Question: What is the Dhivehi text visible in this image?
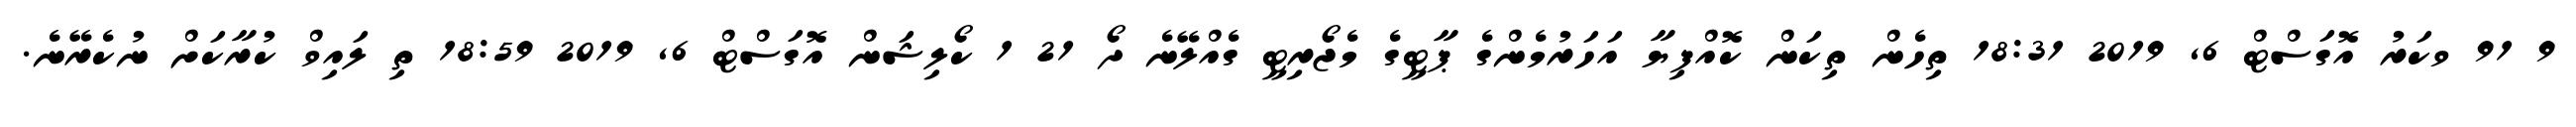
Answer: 9 91 ވކަރު އޮގަސްޓް 6, 2019 18:31 ތިހެން ތިކަން ކޮއްފިޔާ އަހަރުމެންގެ ޕާޓީގެ މެޖޯރިޓީ ގެއްލޭނެ ދޯ 21 1 ކޯލިޝަން އޮގަސްޓް 6, 2019 18:59 ތި ލައިވް ކުރާކަށް ނުކެރޭނެ.